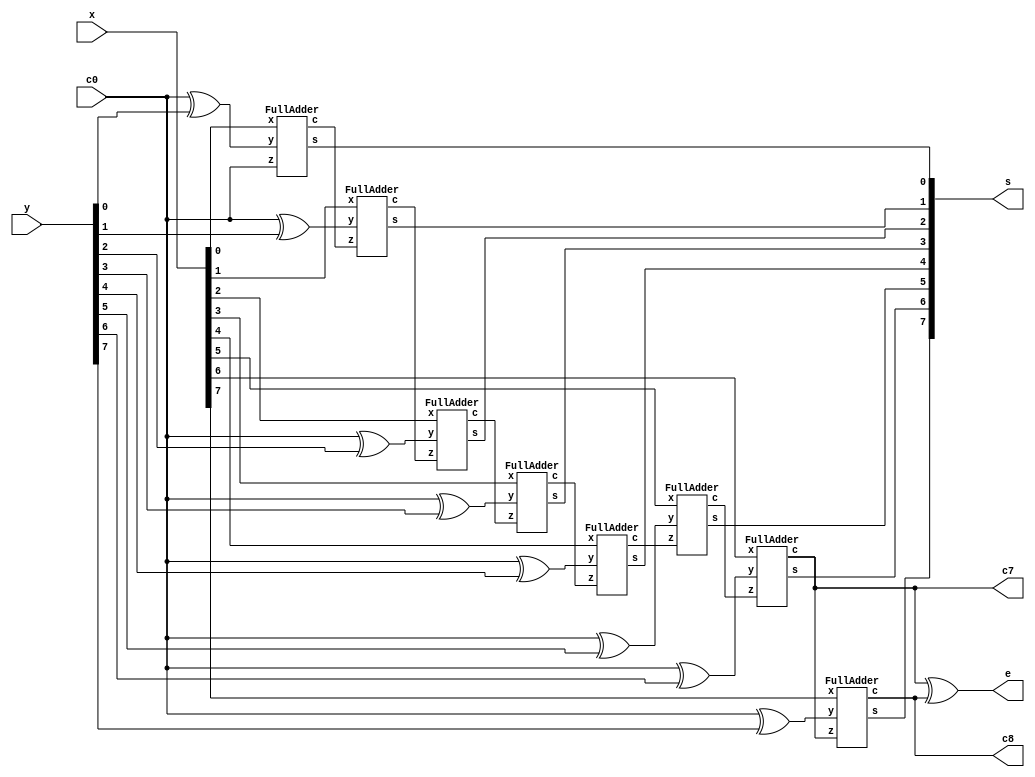
// AdderSubtractor.v
// csc137 Assignment #3
// 5-bit full adder/subtractor
// Nicholas Trusso

module AdderSubtractor(x,y,c0,s,c7,c8,e);
	input [7:0] x, y;
	input c0;
	output [7:0] s;
	output c7,c8,e;
	wire c1,c2,c3,c4,c5,c6;
	wire y0xor,y1xor,y2xor,y3xor,y4xor,y5xor,y6xor,y7xor;

	xor(y0xor,c0,y[0]);
	xor(y1xor,c0,y[1]);
	xor(y2xor,c0,y[2]);
	xor(y3xor,c0,y[3]);
	xor(y4xor,c0,y[4]);
	xor(y5xor,c0,y[5]);
	xor(y6xor,c0,y[6]);
	xor(y7xor,c0,y[7]);

	FullAdder fa0(x[0],y0xor,c0,s[0],c1);
	FullAdder fa1(x[1],y1xor,c1,s[1],c2);
	FullAdder fa2(x[2],y2xor,c2,s[2],c3);
	FullAdder fa3(x[3],y3xor,c3,s[3],c4);
	FullAdder fa4(x[4],y4xor,c4,s[4],c5);
	FullAdder fa5(x[5],y5xor,c5,s[5],c6);
	FullAdder fa6(x[6],y6xor,c6,s[6],c7);
	FullAdder fa7(x[7],y7xor,c7,s[7],c8);

	xor(e,c7,c8);
endmodule

module FullAdder(x,y,z,s,c); //z is the carry in bit
	input x,y,z;
	output s,c;
	wire xor1,and1,and2;
	
	HalfAdder h1(x,y,xor1,and1);
	HalfAdder h2(xor1,z,s,and2);
	or(c,and1,and2);	
endmodule

module HalfAdder(x,y,s,c);
	input x,y;
	output s,c;
	xor(s,x,y);
	and(c,x,y);
endmodule

module TestMod;

	parameter STDIN = 32'h8000_0000; //I/O address of keyboard input channel 
	reg [7:0] enter;
	reg [7:0] accumulator,x,y;	
	wire [7:0] s; 	//8-bit sum
	wire c7,c8,e; 
	reg c0;	//1 for subtraction, 0 for addition
	reg [7:0] addSub;
	AdderSubtractor addSubract(x,y,c0,s,c7,c8,e);
	
	initial begin
		accumulator = 0;
		$display("Enter two digit number(x): ");
		accumulator = accumulator*10+$fgetc(STDIN);
		accumulator = accumulator*10+$fgetc(STDIN);
		accumulator = accumulator - 16;
		enter = $fgetc(STDIN);
		x = accumulator;
		accumulator = 0;
		$display("Enter two digit number(x): ");
		accumulator = accumulator*10+$fgetc(STDIN);
		accumulator = accumulator*10+$fgetc(STDIN);
		accumulator = accumulator - 16;
		enter = $fgetc(STDIN);
		y = accumulator;
		$display("Enter + or -: ");
		addSub = $fgetc(STDIN);
		enter = $fgetc(STDIN);
		if(addSub == 43) c0 = 0;
		if(addSub == 45) c0 = 1;		
		#1;
		$display("x=%d  y=%d  c0=%d",x,y,c0);
		$display("Result= %d (%b) c7=%b  c8=%b  E=%b",s,s,c7,c8,e);
	end
endmodule